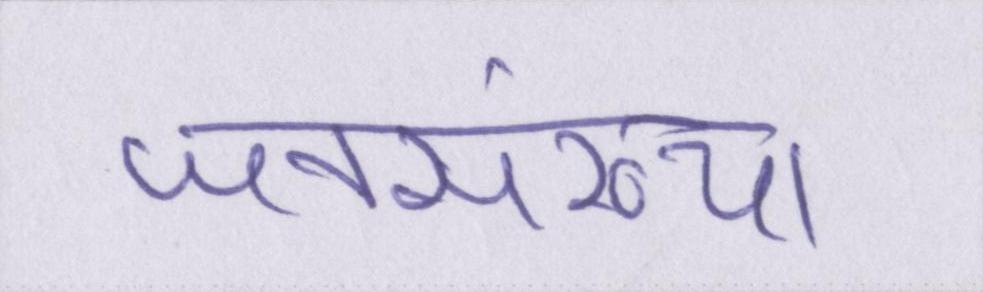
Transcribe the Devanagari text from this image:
जनसंख्या